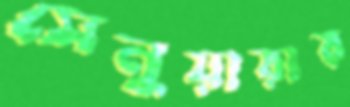
সেনুয়ারার